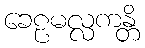
ခေဠမလ္လကန္တိ